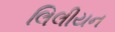
લિલીયન